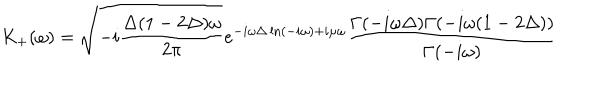
LaTeX: K _ { + } ( \omega ) = \sqrt { - i \frac { \Delta ( 1 - 2 \Delta ) \omega } { 2 \pi } } e ^ { - i \omega \Delta \ln ( - i \omega ) + i \mu \omega } \frac { \Gamma ( - i \omega \Delta ) \Gamma ( - i \omega ( 1 - 2 \Delta ) ) } { \Gamma ( - i \omega ) }